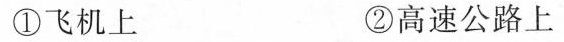
①飞机上 ②高速公路上